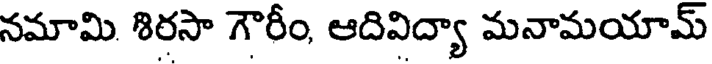
నమామి శిరసా గౌరీం, ఆదివిద్యా మనామయామ్